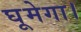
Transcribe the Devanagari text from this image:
घूमेगा।